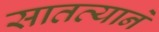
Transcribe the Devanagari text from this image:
सातत्‍याने